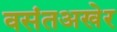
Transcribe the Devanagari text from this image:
वसंतअखेर